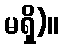
မရှိ)။